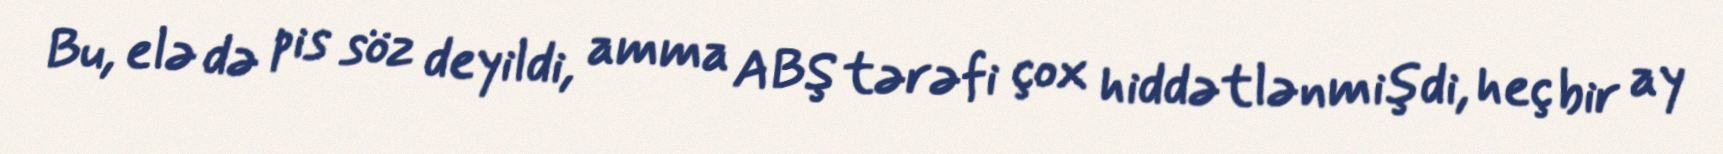
Bu, elə də pis söz deyildi, amma ABŞ tərəfi çox hiddətlənmişdi, heç bir ay